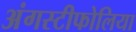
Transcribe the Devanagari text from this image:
अंगस्टीफोलिया